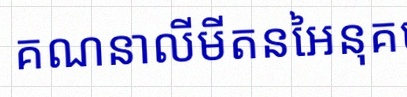
គណនាលីមីតនៃអនុគមន៍ខាងក្រោម